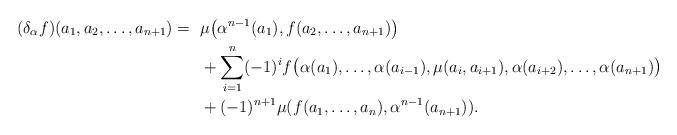
LaTeX: \begin{align*} (\delta_\alpha f) (a_1, a_2, \ldots, a_{n+1}) =~& \mu \big(\alpha^{n-1}(a_1) , f(a_2, \ldots , a_{n+1}) \big) \\~& + \sum_{i=1}^{n} (-1)^i f \big( \alpha(a_1), \ldots, \alpha (a_{i-1}), \mu (a_i , a_{i+1}), \alpha (a_{i+2}), \ldots, \alpha (a_{n+1}) \big) \\~& + (-1)^{n+1} \mu (f (a_1, \ldots, a_n) , \alpha^{n-1} (a_{n+1})).\end{align*}